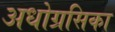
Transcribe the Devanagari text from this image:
अधोग्रसिका